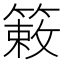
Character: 𫂙